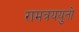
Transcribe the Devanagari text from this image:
रामत्रययुतो